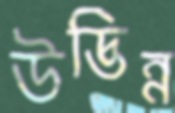
উদ্ভিন্ন